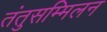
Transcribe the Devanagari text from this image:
तंतुसम्मिलन